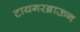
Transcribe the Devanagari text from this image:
टायगरब्राऊन